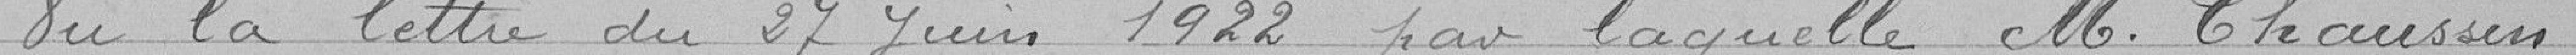
Vu la lettre du 27 Juin 1922 par laquelle Monsieur Chaussin,